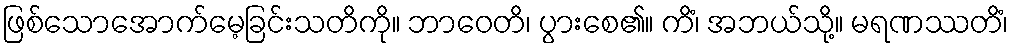
ဖြစ်သောအောက်မေ့ခြင်းသတိကို။ ဘာဝေတိ၊ ပွားစေ၏။ ကိံ၊ အဘယ်သို့။ မရဏဿတိံ၊